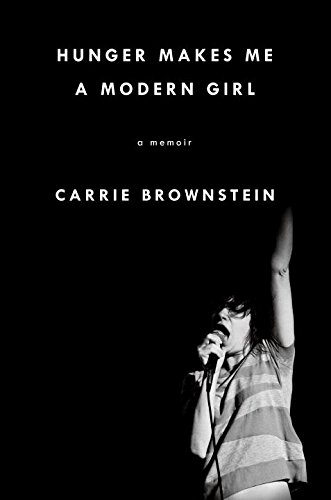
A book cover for Hunger Makes Me a Modern Girl: A Memoir; Carrie Brownstein; Arts & Photography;